Lunatic asylums Central Provinces reports 1886-1894 - 1886-1894
Year: 1886
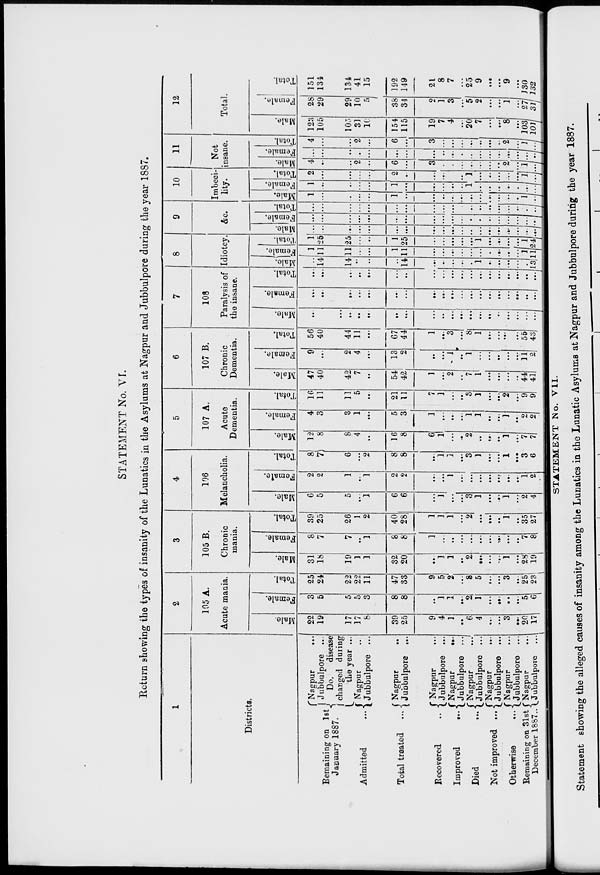
STATEMENT No. VI.
Return showing the types of insanity of the Lunatics in the Asylums at Nagpur and Jubbulpore during the year 1887.
1
Districts.
Remaining on 1st
January 1887.
Admitted ...
Total treated ...
Recovered
...
Improved
...
Died ...
Not improved ...
Otherwise
...
Remaining on 31st
December 1887 ...
Nagpur
...
Jubbulpore ...
Do. disease
changed during
the year ...
Nagpur ...
Jubbulpore ...
Nagpur ...
Jubbulpore
...
Nagpur ...
Jubbulpore ...
Nagpur
...
Jubbulpore ...
Nagpur
...
[Jubbulpore ...
Nagpur
...
Jubbulpore ...
Nagpur ...
Jubbulpore ...
Nagpur
...
Jubbulpore ...
2
105 A.
Acute mania.
Male.
22
19
17
17
8
39
25
9
4
1
..
6
4
. . .
...
3
...
20
17
Female.
3
5
5
5
3
8
8
...
1
1
...
2
1
...
...
...
...
5
6
Total.
25
24
22
22
11
47
33
9
5
2
...
8
5
...
...
3
...
25
23
3
105 B.
Chronic
mania.
Male.
31
18
19
1
1
32
20
...
1
1
..
2
...
...
...
1
...
28
19
Female.
8
7
7
...
1
8
8
1
...
...
...
...
...
...
...
...
...
7
8
Total.
39
25
26
1
2
40
28
1
1
1
...
2
...
...
...
1
. .
35
27
4
106
Melancholia.
Male.
6
5
5
...
1
6
6
.. .
1
...
...
3
1
...
...
1
...
2
4
Female.
2
2
1
..
1
2
2
...
. . .
1
...
...
...
. . .
. . .
...
...
1
2
Total.
8
7
6
...
2
8
8
...
1
1
...
3
1
...
...
1
...
3
6
5
107 A.
Acute
Dementia.
Male.
12
8
8
4
...
16
8
6
1
...
...
2
...
...
..
1
...
7
7
Female.
4
3
3
1
...
5
3
1
.. .
...
...
1
1
...
...
1
...
2
2
Total.
16
11
11
5
...
21
11
7
1
...
...
3
1
...
...
2
...
9
9
6
107 B.
Chronic
Dementia.
Male.
47
40
42
7
...
54
42
1
...
2
...
7
1
...
...
...
...
44
41
Female.
9
...
2
4
...
13
2
...
...
1
...
1
...
...
...
...
...
11
2
Total.
56
40
44
11
...
67
44
1
...
3
...
8
1
...
...
...
...
55
43
7
108
Paralysis of
the insane.
Male.
...
...
...
...
...
...
...
...
...
...
...
...
...
...
...
...
...
...
...
Female.
...
...
...
...
...
...
...
...
...
...
...
...
...
...
...
...
...
...
...
Total.
...
...
...
...
...
...
...
...
...
...
...
...
...
...
...
...
...
...
...
8
Idiotcy.
Male.
...
14
14
...
...
...
14
...
...
...
...
...
1
...
...
...
...
...
13
Female.
1
11
11
...
...
1
11
...
...
...
...
...
...
...
...
...
...
1
11
Total.
1
25
25
...
...
1
25
...
...
...
...
...
1
...
...
...
...
1
24
9
&c.
Male.
...
...
...
...
...
...
...
...
...
...
...
...
...
...
...
...
...
...
...
Female.
...
...
...
...
...
...
...
...
...
...
...
...
...
...
...
...
...
...
...
Total.
...
...
...
...
...
...
...
...
...
...
...
...
...
...
...
...
...
...
...
10
Imbeci-
lity.
Male.
1
...
...
...
...
1
...
...
...
...
...
...
...
...
...
...
...
1
...
Female.
1
...
...
...
...
1
...
...
...
...
...
1
...
...
...
...
...
...
...
Total.
2
...
...
...
...
2
...
...
...
...
...
1
...
...
...
...
...
1
...
11
Not
insane.
Male.
4
...
...
2
...
6
...
3
...
...
...
...
...
...
...
2
...
1
...
Female.
...
...
...
...
...
...
...
...
...
...
...
...
...
...
...
...
...
...
...
Total.
4
...
...
2
...
6
...
3
...
...
...
...
...
...
...
2
...
1
...
12
Total.
Male.
123
105
105
31
10
154
115
19
7
4
...
20
7
...
...
8
...
103
101
Female.
28
29
29
10
5
38
34
2
1
3
...
5
2
...
...
1
...
27
31
Total.
151
134
134
41
15
192
149
21
8
7
...
25
9
...
...
9
...
130
132